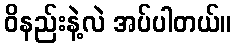
ဝိနည်းနဲ့လဲ အပ်ပါတယ်။